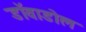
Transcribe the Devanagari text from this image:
डाॅवाडोल